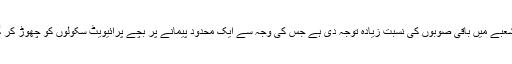
خیبر پختونخوا حکومت نے تعلیم کے شعبے میں باقی صوبوں کی نسبت زیادہ توجہ دی ہے جس کی وجہ سے ایک محدود پیمانے پر بچے پرائیویٹ سکولوں کو چھوڑ کر گورنمنٹ سکولوں کا رخ کر رہے ہیں۔